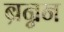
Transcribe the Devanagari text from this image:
ब्रन्नन